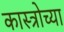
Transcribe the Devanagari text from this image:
कास्त्रोच्या